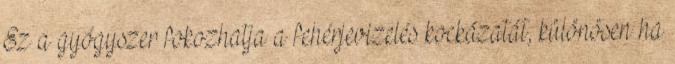
Ez a gyógyszer fokozhatja a fehérjevizelés kockázatát, különösen ha